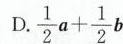
D. \frac{1}{2}a+ \frac{1}{2}b